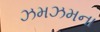
ઝમઝમના